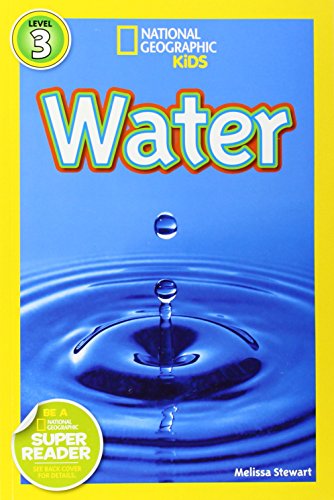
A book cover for National Geographic Readers: Water; Melissa Stewart; Children's Books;